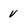
Character: v